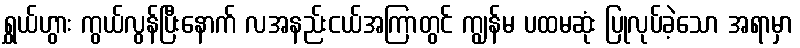
ရွှယ်ဟွား ကွယ်လွန်ပြီးနောက် လအနည်းငယ်အကြာတွင် ကျွန်မ ပထမဆုံး ပြုလုပ်ခဲ့သော အရာမှာ